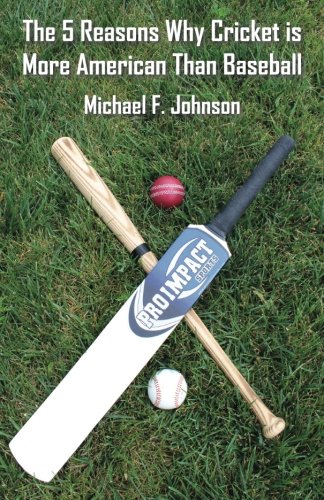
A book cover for The 5 Reasons why Cricket is more American than Baseball; Michael Johnson; Sports & Outdoors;